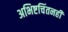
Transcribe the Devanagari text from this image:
अभिष्टचिंतनही